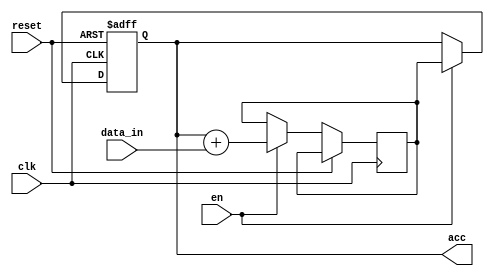
module accumulator(
    input wire clk,
    input wire reset,
    input wire en,
    input wire [7:0] data_in,
    output reg [15:0] acc
);

reg [15:0] temp_acc;

always @(posedge clk or posedge reset) begin
    if (reset) begin
        acc <= 16'b0;
    end else begin
        if (en) begin
            temp_acc <= acc + data_in;
            acc <= temp_acc;
        end
    end
end

endmodule